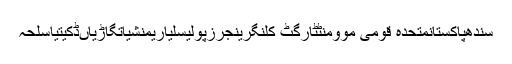
سندھپاکستانمتحدہ قومی موومنٹٹارگٹ کلنگرینجرزپولیسلیاریمنشیاتگاڑیاںڈکیتیاسلحہ